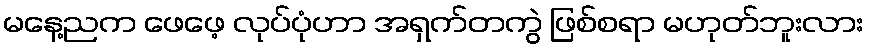
မနေ့ညက ဖေဖေ့ လုပ်ပုံဟာ အရှက်တကွဲ ဖြစ်စရာ မဟုတ်ဘူးလား